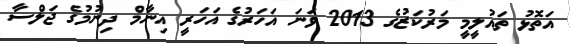
އަތޮޅު ތައުލީމީ މަރުކަޒުގެ 2013 ވަނަ އަހަރުގެ އަހަރީ އިނާމް ދިނުމުގެ ޖަލްސާ